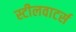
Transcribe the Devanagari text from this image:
स्टीलवाटर्स